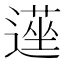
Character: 遳